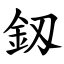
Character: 釼